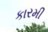
કારમી